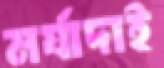
মর্যাদাই